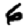
Digit: 6